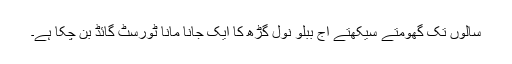
سالوں تک گھومتے سیکھتے آج ببلو نول گڑھ کا ایک جانا مانا ٹورسٹ گائڈ بن چکا ہے۔